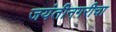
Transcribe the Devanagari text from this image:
जयंतीनगरीचा